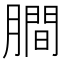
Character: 𬛖